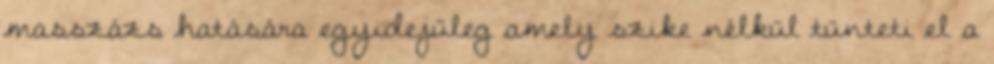
masszázs hatására egyidejűleg amely szike nélkül tünteti el a